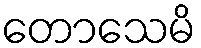
တောသေမိ